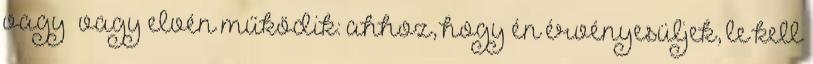
vagy vagy elvén működik: ahhoz, hogy én érvényesüljek, le kell